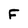
Character: F